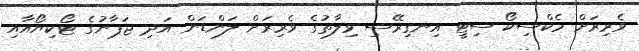
ވެރިރަށް މެކްސިކޯ ސިޓީ އިނގިރޭސި ވިލާތުގެ ވެރިރަށް ލަންޑަން އަދި ޖަޕާނުގެ ޓޯކިޔޯއާއި